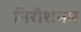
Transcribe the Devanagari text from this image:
निरीशनम